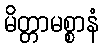
မိတ္တာမစ္စာနံ